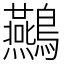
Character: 䴏